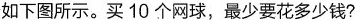
如下图所示。买10个网球，最少要花多少钱?